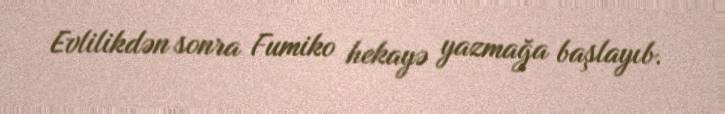
Evlilikdən sonra Fumiko hekayə yazmağa başlayıb.